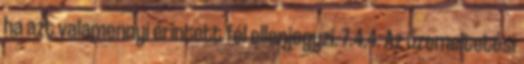
ha azt valamennyi érintett fél ellenjegyzi. 7.4.4. Az üzemeltetési